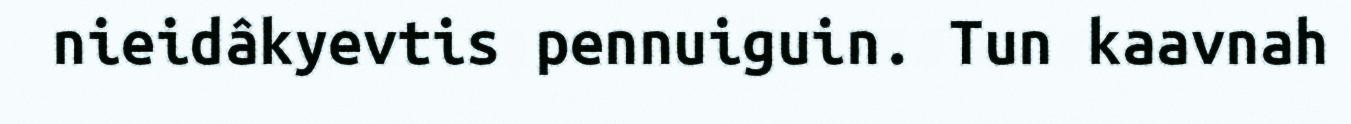
nieidâkyevtis pennuiguin. Tun kaavnah